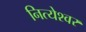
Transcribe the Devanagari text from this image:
नित्येश्वर